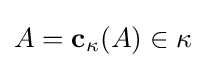
A=\mathbf {c} _{\kappa }(A)\in \kappa